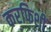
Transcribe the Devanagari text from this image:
करफिशीं